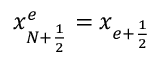
x _ { { N + \frac { 1 } { 2 } } } ^ { e } = x _ { e + \frac { 1 } { 2 } }